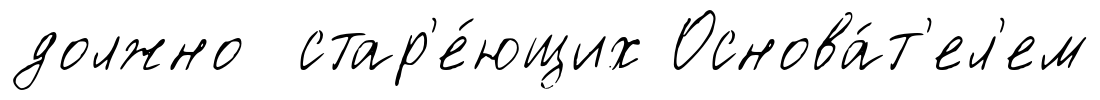
должно стар'е́ющих Основа́т'ел'ем